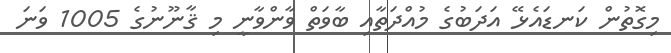
މިގޮތުން ކަނޑައެޅޭ އަދަބުގެ މުއްދަތާއި ބާވަތް ވާންވާނީ މި ޤާނޫނުގެ 1005 ވަނަ